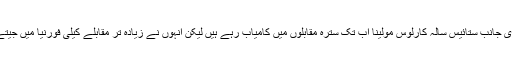
دوسری جانب ستائیس سالہ کارلوس مولینا اب تک سترہ مقابلوں میں کامیاب رہے ہیں لیکن انہوں نے زیادہ تر مقابلے کیلی فورنیا میں جیتے ہیں۔